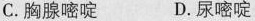
C.胸腺嘧啶 D.尿嘧啶